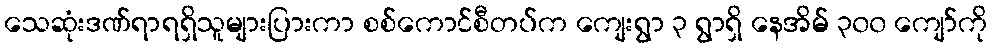
သေဆုံးဒဏ်ရာရရှိသူများပြားကာ စစ်ကောင်စီတပ်က ကျေးရွာ ၃ ရွာရှိ နေအိမ် ၃၀၀ ကျော်ကို